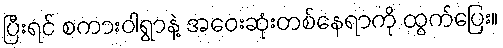
ပြီးရင် စကားဝါရွာနဲ့ အဝေးဆုံးတစ်နေရာကို ထွက်ပြေး။